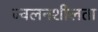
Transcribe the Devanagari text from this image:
ज्‍वलनशीलता